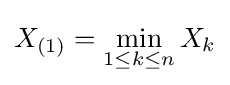
X_{(1)}=\min _{1\leq k\leq n}{X_{k}}